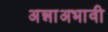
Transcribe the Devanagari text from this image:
अन्नाअभावी